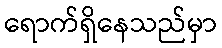
ရောက်ရှိနေသည်မှာ